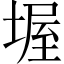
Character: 𡎔